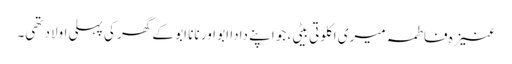
عنیزہ فاطمہ میری اکلوتی بیٹی، جو اپنے دادا ابو اور نانا ابو کے گھر کی پہلی اولاد تھی۔